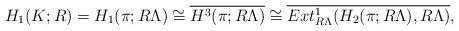
LaTeX: \begin{align*}H_1(K;R)=H_1(\pi;R\Lambda)\cong\overline{H^3(\pi;R\Lambda)}\cong\overline{Ext^1_{R\Lambda}(H_2(\pi;R\Lambda),R\Lambda)},\end{align*}